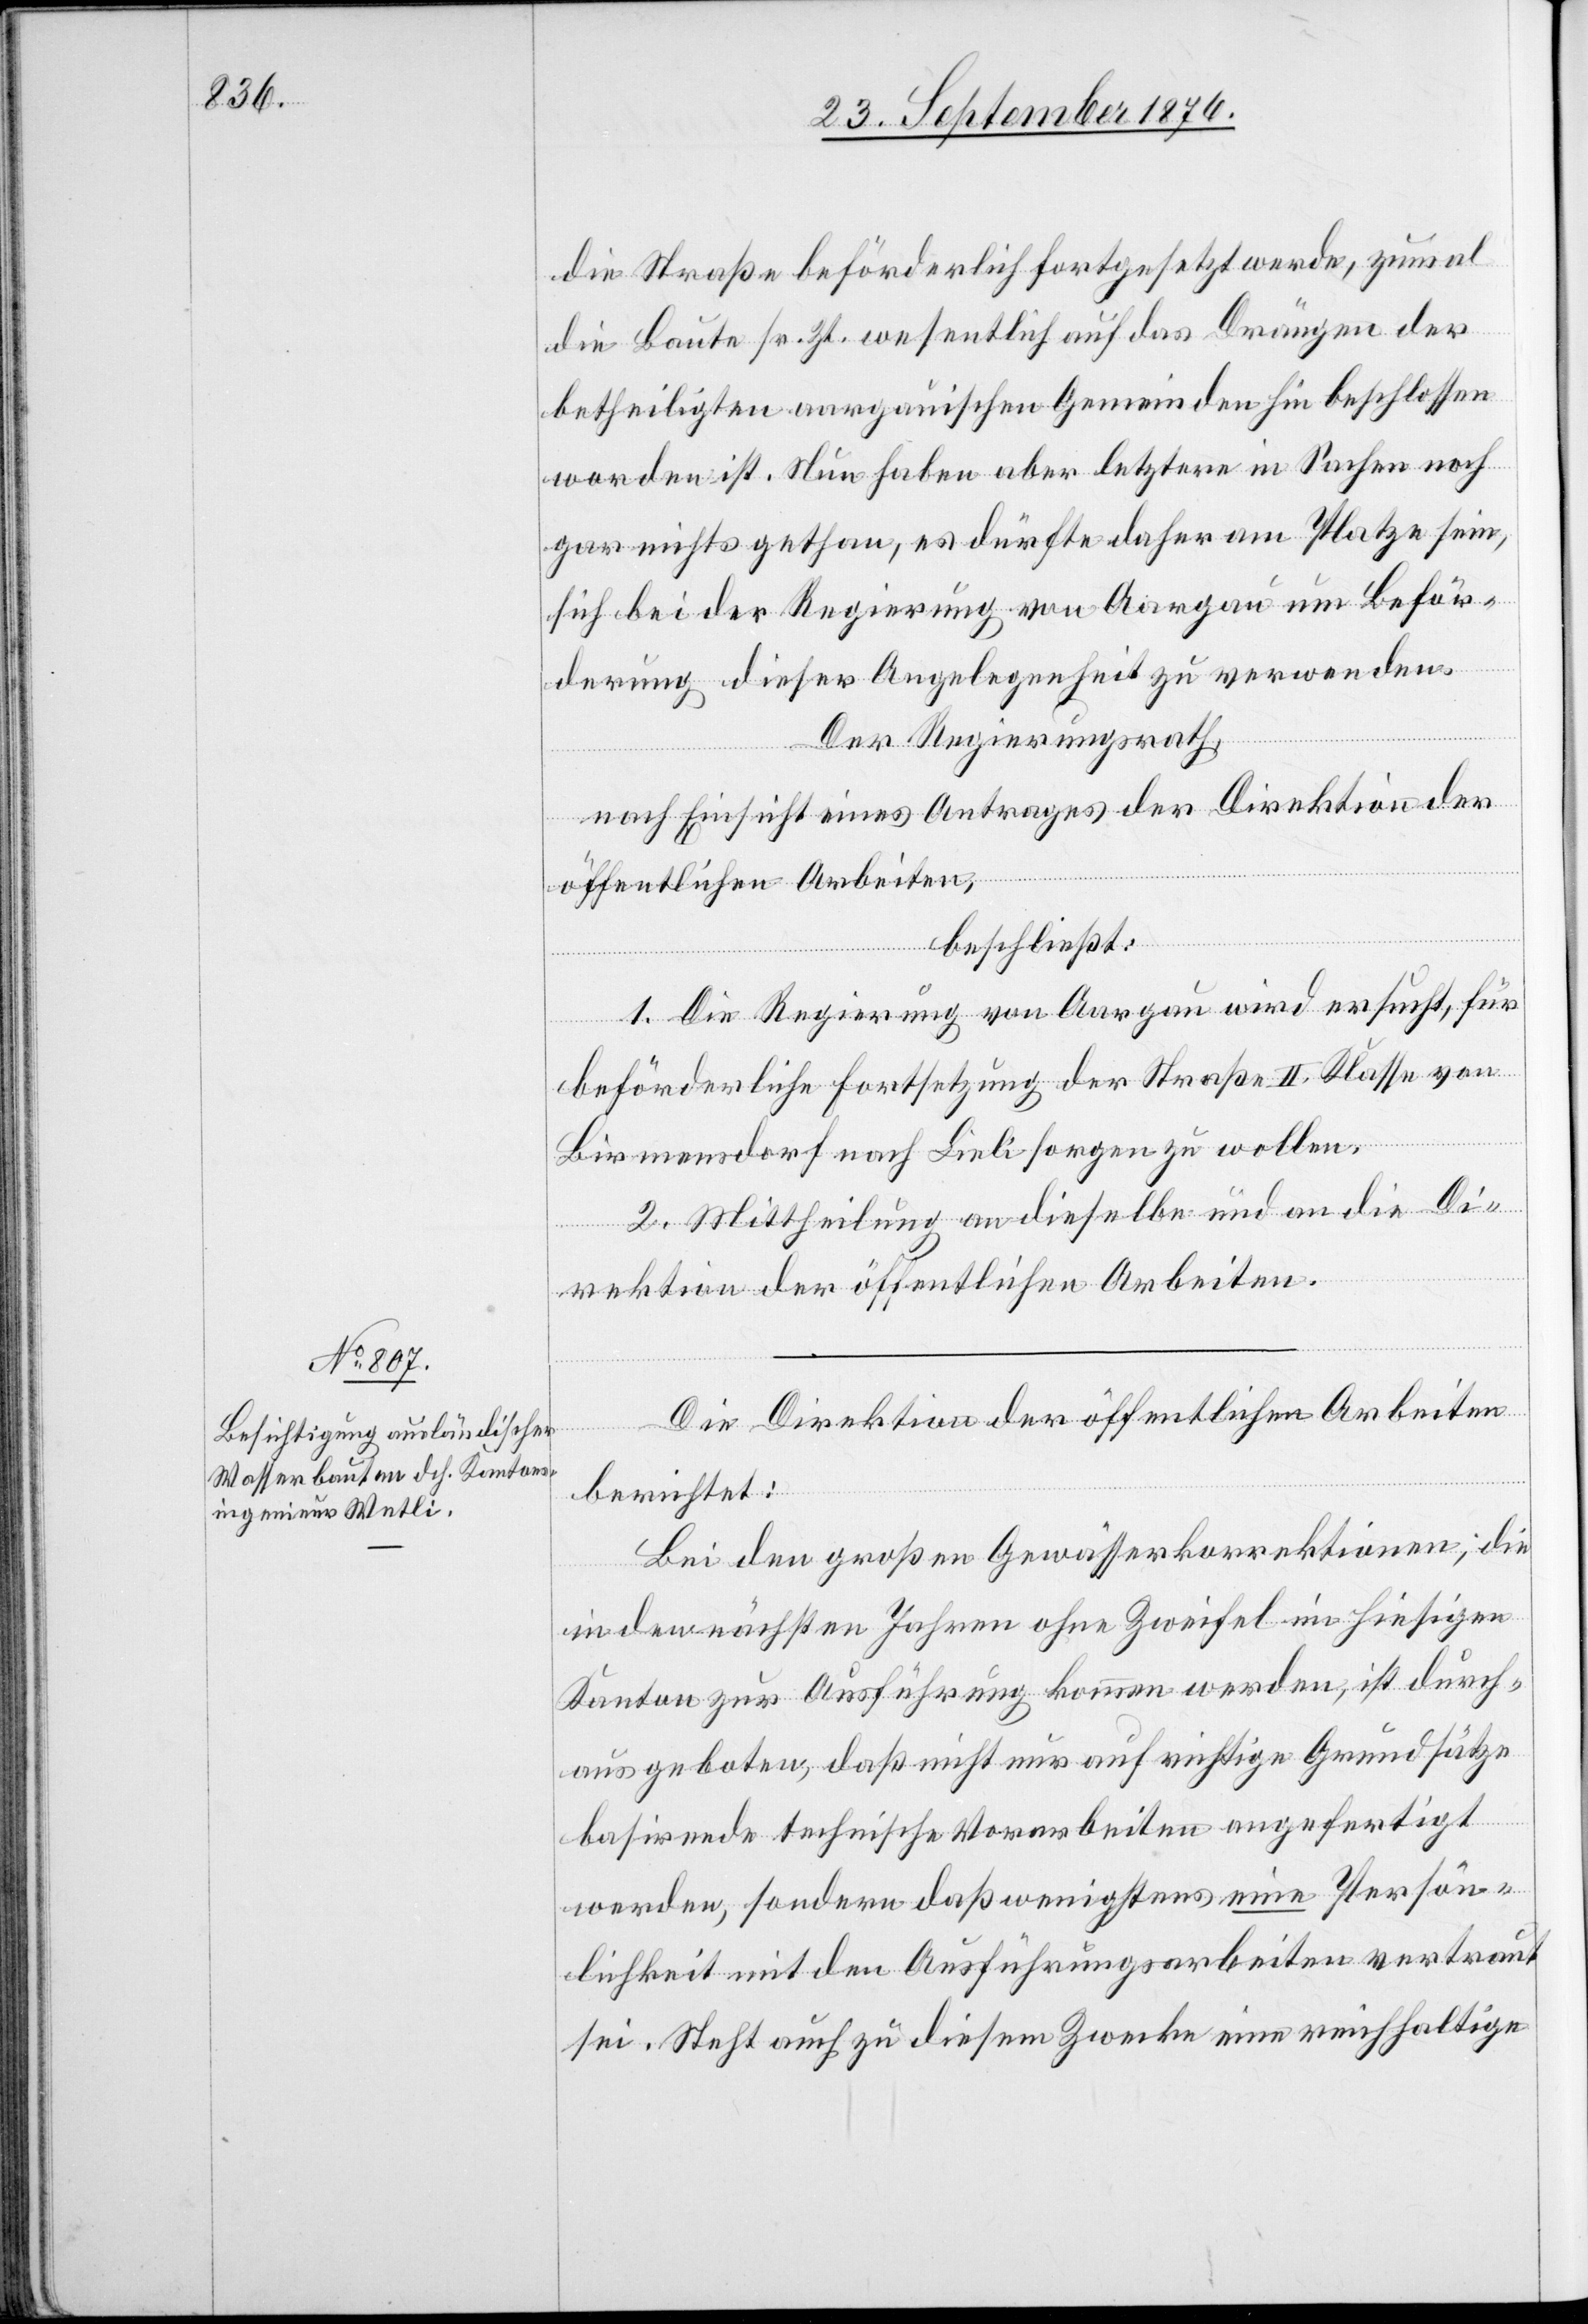
die Straße beförderlich fortgesetzt werde, zumal
die Baute sr. Zt. wesentlich auf das Drängen der
betheiligten aargauischen Gemeinden hin beschlossen
worden ist. Nun haben aber letztere in Sachen noch
gar nichts gethan, es dürfte daher am Platze sein,
sich bei der Regierung von Aargau um Beför¬
derung dieser Angelegenheit zu verwenden.
Der Regierungsrath,
nach Einsicht eines Antrages der Direktion der
öffentlichen Arbeiten,
beschließt:
1. Die Regierung von Aargau wird ersucht, für
beförderliche Fortsetzung der Straße II. Klasse von
Birmensdorf nach Lieli sorgen zu wollen.
2. Mittheilung an dieselbe und an die Di¬
rektion der öffentlichen Arbeiten.
Die Direktion der öffentlichen Arbeiten
berichtet:
Bei den großen Gewässerkorrektionen, die
in den nächsten Jahren ohne Zweifel im hiesigen
Kanton zur Ausführung kommen werden, ist durch¬
aus geboten, daß nicht nur auf richtige Grundsätze
basirende technische Vorarbeiten angefertigt
werden, sondern daß wenigstens eine Persön¬
lichkeit mit den Ausführungsarbeiten vertraut
sei. Steht auch zu diesem Zwecke eine reichhaltige